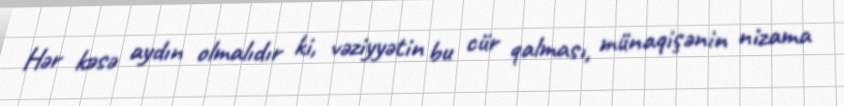
Hər kəsə aydın olmalıdır ki, vəziyyətin bu cür qalması, münaqişənin nizama